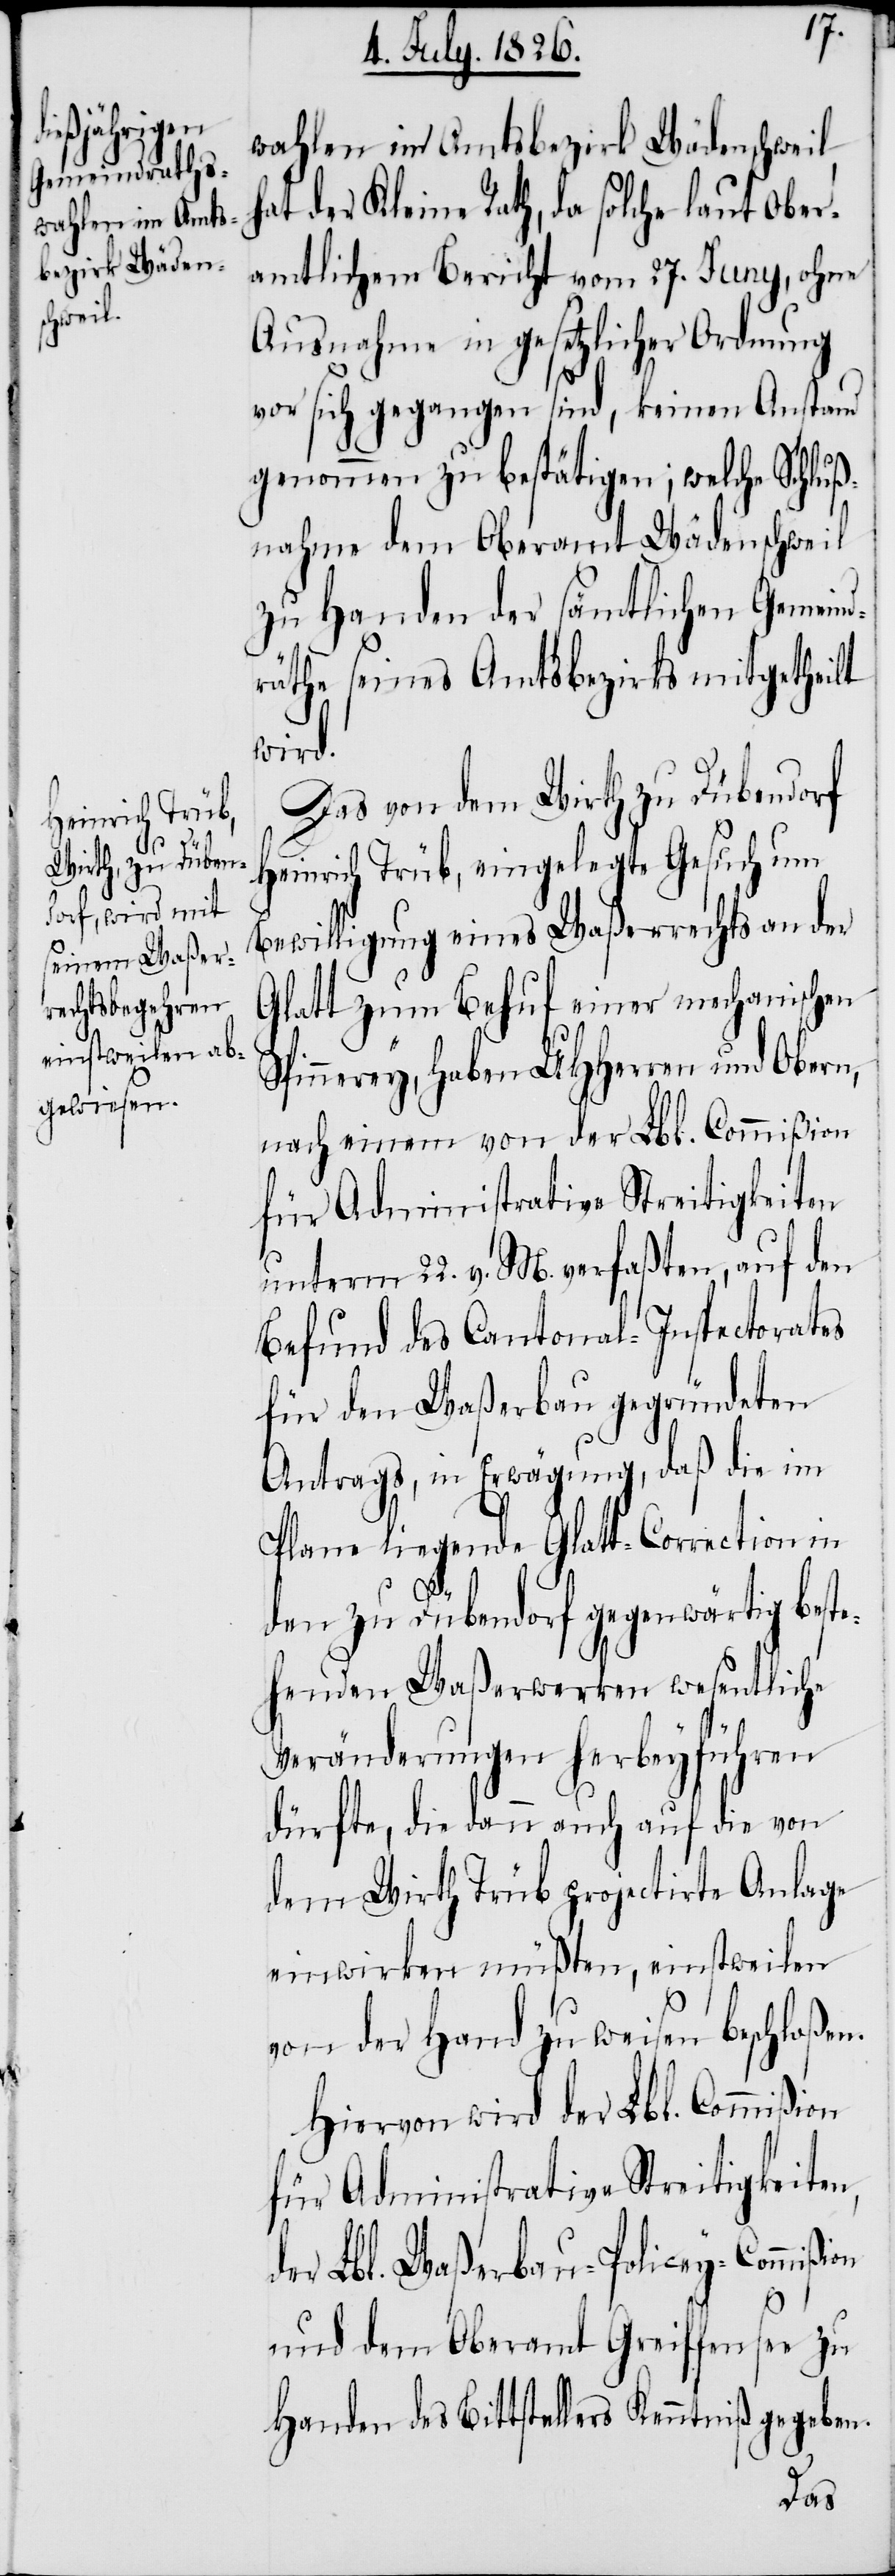
on
wahlen im Amtsbezirk Wädenschweil,
der Kleine Rath, da solche laut Ober¬
amtlichem Bericht vom 27. Juny, ohne
Ausnahme in gesetzlicher Ordnung
vor sich gegangen sind, keinen Anstand
genommen zu bestätigen; welche Schluß¬
nahme dem Oberamt Wädenschweil
zu Handen der sämtlichen Gemein¬
dräthe seines Amtsbezirks mitgetheilt
wird.
Das von dem Wirth zu Dübendorf
Heinrich Trüb, eingelegte Gesuch um
Bewilligung eins Waßerrechts an der
Glatt zum Behuf einer mechanischen
Spinnerey, haben MHHerren und Obern,
nach einem von der Lbl. Commißion
für Administrative Streitigkeiten
unterm 22. v. M. verfaßten, auf den
Befund des Cantonal-Inspectorates
für den Waßerbau gegründeten
Antrags, in Erwägung, daß die im
Plan liegende Glatt-Correction in
den zu Dübendorf gegenwärtig beste¬
henden Waßerwerken wesentliche
Veränderungen herbeyführen
dürfte, die dann auch auf die von
dem Wirth Trüb projectirte Anlage
einwirken müßten, einstweilen
von der Hand zu weisen beschloßen.
Hiervon wird der Lbl. Commißion
für Administrative Streitigkeiten,
der Lbl. Waßerbau-Policey-Commißi¬
und dem Oberamt Greiffensee zu
Handen des Bittstellers Kenntniß gegeben.